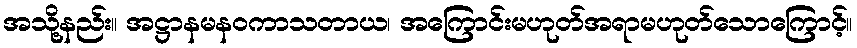
အသို့နည်း။ အဋ္ဌာနမနဝကာသတာယ၊ အကြောင်းမဟုတ်အရာမဟုတ်သောကြောင့်။